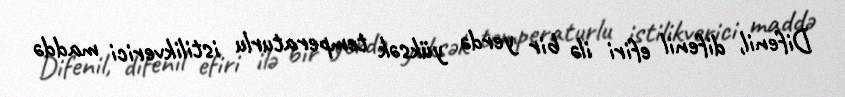
Difenil, difenil efiri ilə bir yerdə yüksək temperaturlu istilikverici maddə